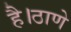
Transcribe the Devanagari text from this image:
है।ठाणे